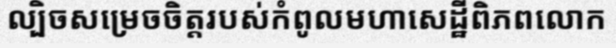
ល្បិចសម្រេចចិត្តរបស់កំពូលមហាសេដ្ឋីពិភពលោក